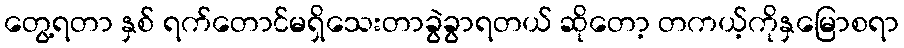
တွေ့ရတာ နှစ် ရက်တောင်မရှိသေးတာခွဲခွာရတယ် ဆိုတော့ တကယ့်ကိုနှမြောစရာ